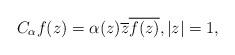
LaTeX: \begin{align*}C_{\alpha}f(z)=\alpha(z)\overline{z}\overline{f(z)},|z|=1,\end{align*}